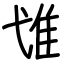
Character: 隿